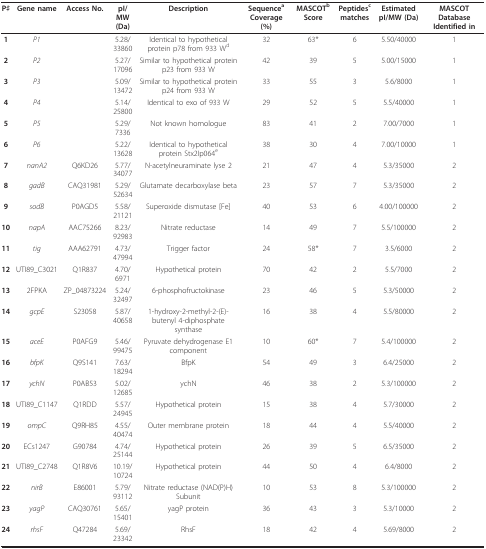
<table><thead><tr><td><b>P♯</b></td><td><b>Gene name</b></td><td><b>Access No.</b></td><td><b>pI/MW (Da)</b></td><td><b>Description</b></td><td><b>Sequence<sup>a </sup>Coverage (%)</b></td><td><b>MASCOT<sup>b </sup>Score</b></td><td><b>Peptides<sup>c </sup>matches</b></td><td><b>Estimated pI/MW (Da)</b></td><td><b>MASCOT Database Identified in</b></td></tr></thead><tbody><tr><td><b>1</b></td><td><i>P1</i></td><td></td><td>5.28/33860</td><td>Identical to hypothetical protein p78 from 933 W<sup>d</sup></td><td>32</td><td>63*</td><td>6</td><td>5.50/40000</td><td>1</td></tr><tr><td><b>2</b></td><td><i>P2</i></td><td></td><td>5.27/17096</td><td>Similar to hypothetical protein p23 from 933 W</td><td>42</td><td>39</td><td>5</td><td>5.00/15000</td><td>1</td></tr><tr><td><b>3</b></td><td><i>P3</i></td><td></td><td>5.09/13472</td><td>Similar to hypothetical protein p24 from 933 W</td><td>33</td><td>55</td><td>3</td><td>5.6/8000</td><td>1</td></tr><tr><td><b>4</b></td><td><i>P4</i></td><td></td><td>5.14/25800</td><td>Identical to exo of 933 W</td><td>29</td><td>52</td><td>5</td><td>5.5/40000</td><td>1</td></tr><tr><td><b>5</b></td><td><i>P5</i></td><td></td><td>5.29/7336</td><td>Not known homologue</td><td>83</td><td>41</td><td>2</td><td>7.00/7000</td><td>1</td></tr><tr><td><b>6</b></td><td><i>P6</i></td><td></td><td>5.22/13628</td><td>Identical to hypothetical protein Stx2Ip064<sup>e</sup></td><td>38</td><td>30</td><td>4</td><td>7.00/10000</td><td>1</td></tr><tr><td><b>7</b></td><td><i>nanA2</i></td><td>Q6KD26</td><td>5.77/34077</td><td>N-acetylneuraminate lyse 2</td><td>21</td><td>47</td><td>4</td><td>5.3/35000</td><td>2</td></tr><tr><td><b>8</b></td><td><i>gadB</i></td><td>CAQ31981</td><td>5.29/52634</td><td>Glutamate decarboxylase beta</td><td>23</td><td>57</td><td>7</td><td>5.3/35000</td><td>2</td></tr><tr><td><b>9</b></td><td><i>sodB</i></td><td>P0AGD5</td><td>5.58/21121</td><td>Superoxide dismutase [Fe]</td><td>40</td><td>53</td><td>6</td><td>4.00/100000</td><td>2</td></tr><tr><td><b>10</b></td><td><i>napA</i></td><td>AAC75266</td><td>8.23/92983</td><td>Nitrate reductase</td><td>14</td><td>49</td><td>7</td><td>5.5/100000</td><td>2</td></tr><tr><td><b>11</b></td><td><i>tig</i></td><td>AAA62791</td><td>4.73/47994</td><td>Trigger factor</td><td>24</td><td>58*</td><td>7</td><td>3.5/6000</td><td>2</td></tr><tr><td><b>12</b></td><td>UTI89_C3021</td><td>Q1R837</td><td>4.70/6971</td><td>Hypothetical protein</td><td>70</td><td>42</td><td>2</td><td>5.5/7000</td><td>2</td></tr><tr><td><b>13</b></td><td>2FPKA</td><td>ZP_04873224</td><td>5.24/32497</td><td>6-phosphofructokinase</td><td>23</td><td>46</td><td>5</td><td>5.3/50000</td><td>2</td></tr><tr><td><b>14</b></td><td><i>gcpE</i></td><td>S23058</td><td>5.87/40658</td><td>1-hydroxy-2-methyl-2-(E)-butenyl 4-diphosphate synthase</td><td>16</td><td>38</td><td>4</td><td>5.5/80000</td><td>2</td></tr><tr><td><b>15</b></td><td><i>aceE</i></td><td>P0AFG9</td><td>5.46/99475</td><td>Pyruvate dehydrogenase E1 component</td><td>10</td><td>60*</td><td>7</td><td>5.4/100000</td><td>2</td></tr><tr><td><b>16</b></td><td><i>bfpK</i></td><td>Q9S141</td><td>7.63/18294</td><td>BfpK</td><td>54</td><td>49</td><td>3</td><td>6.4/25000</td><td>2</td></tr><tr><td><b>17</b></td><td><i>ychN</i></td><td>P0AB53</td><td>5.02/12685</td><td>ychN</td><td>46</td><td>38</td><td>2</td><td>5.3/100000</td><td>2</td></tr><tr><td><b>18</b></td><td>UTI89_C1147</td><td>Q1RDD</td><td>5.57/24945</td><td>Hypothetical protein</td><td>15</td><td>38</td><td>4</td><td>5.7/30000</td><td>2</td></tr><tr><td><b>19</b></td><td><i>ompC</i></td><td>Q9RH85</td><td>4.55/40474</td><td>Outer membrane protein</td><td>18</td><td>44</td><td>4</td><td>5.5/40000</td><td>2</td></tr><tr><td><b>20</b></td><td>ECs1247</td><td>G90784</td><td>4.74/25144</td><td>Hypothetical protein</td><td>26</td><td>39</td><td>5</td><td>6.5/35000</td><td>2</td></tr><tr><td><b>21</b></td><td>UTI89_C2748</td><td>Q1R8V6</td><td>10.19/10724</td><td>Hypothetical protein</td><td>44</td><td>50</td><td>4</td><td>6.4/8000</td><td>2</td></tr><tr><td><b>22</b></td><td><i>nirB</i></td><td>E86001</td><td>5.79/93112</td><td>Nitrate reductase (NAD(P)H) Subunit</td><td>10</td><td>53</td><td>8</td><td>5.3/100000</td><td>2</td></tr><tr><td><b>23</b></td><td><i>yagP</i></td><td>CAQ30761</td><td>5.65/15401</td><td>yagP protein</td><td>36</td><td>43</td><td>3</td><td>5.3/10000</td><td>2</td></tr><tr><td><b>24</b></td><td><i>rhsF</i></td><td>Q47284</td><td>5.69/23342</td><td>RhsF</td><td>18</td><td>42</td><td>4</td><td>5.69/8000</td><td>2</td></tr></tbody></table>